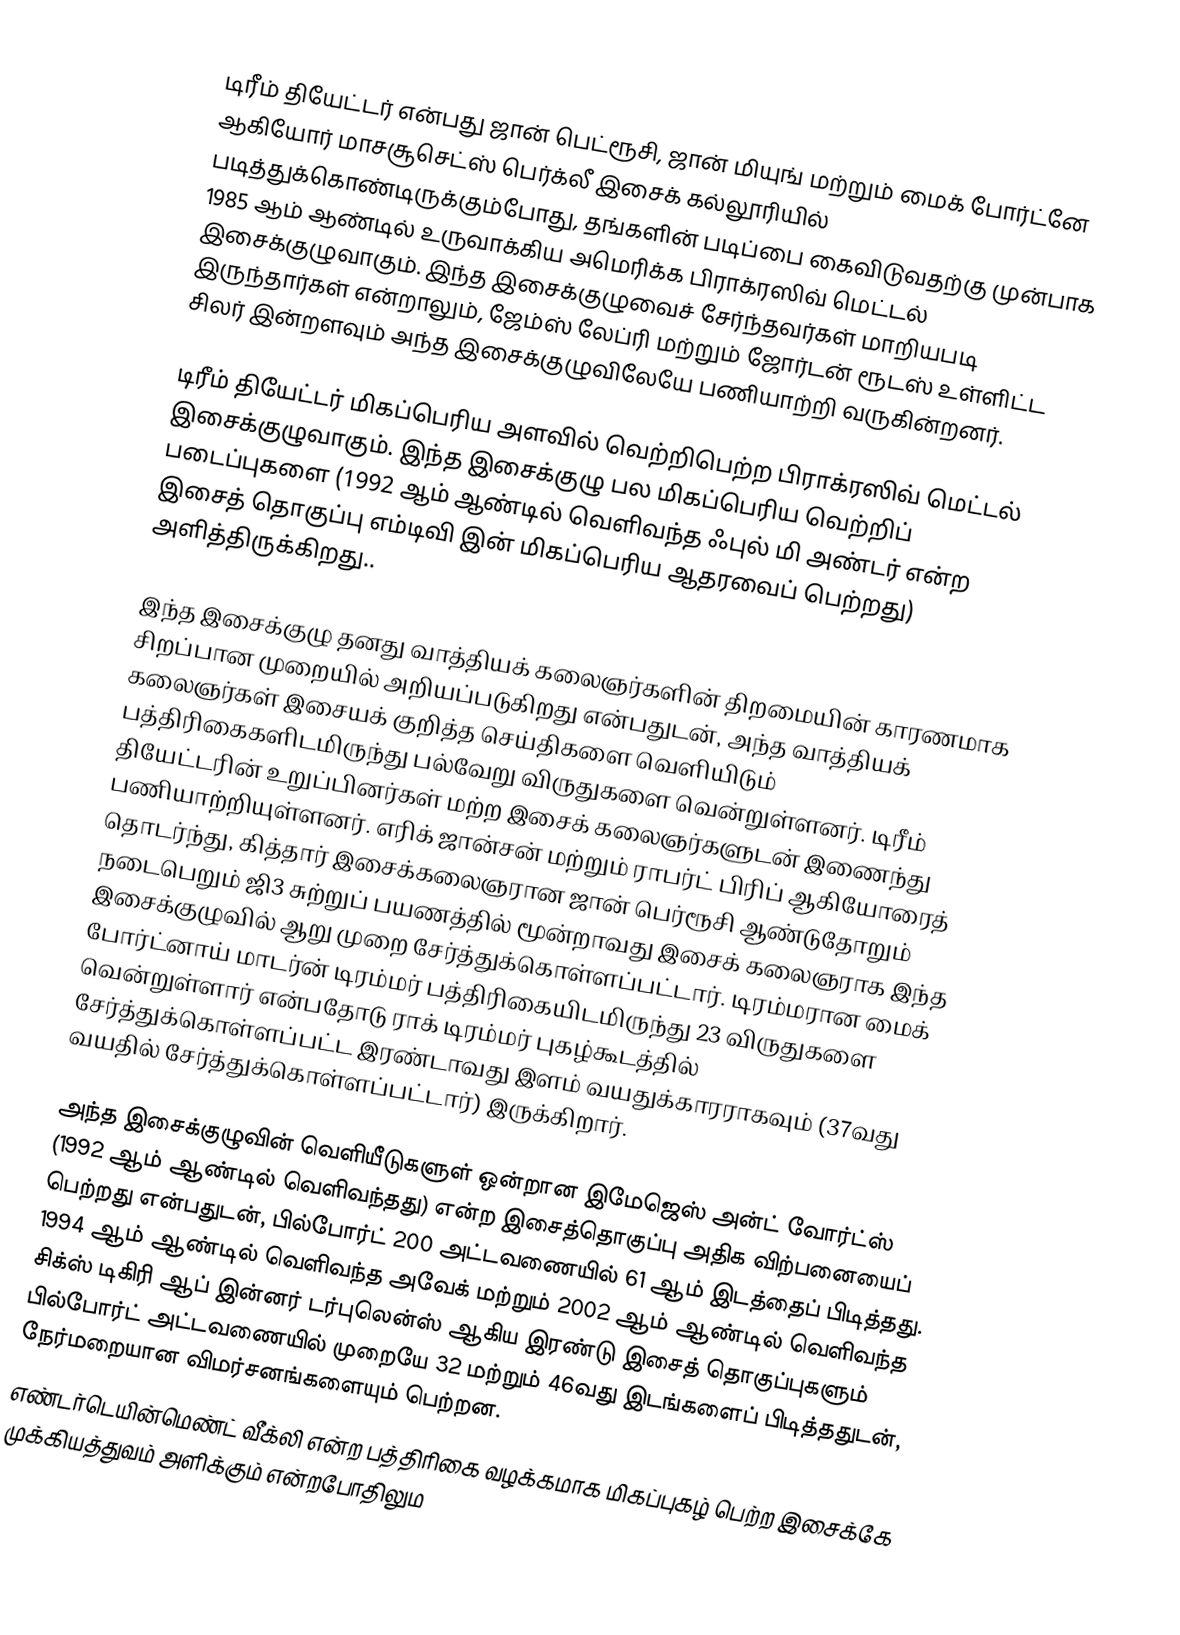
டிரீம் தியேட்டர் என்பது ஜான் பெட்ரூசி, ஜான் மியுங் மற்றும் மைக் போர்ட்னே ஆகியோர் மாசசூசெட்ஸ் பெர்க்லீ இசைக் கல்லூரியில் படித்துக்கொண்டிருக்கும்போது, தங்களின் படிப்பை கைவிடுவதற்கு முன்பாக 1985 ஆம் ஆண்டில் உருவாக்கிய அமெரிக்க பிராக்ரஸிவ் மெட்டல் இசைக்குழுவாகும். இந்த இசைக்குழுவைச் சேர்ந்தவர்கள் மாறியபடி இருந்தார்கள் என்றாலும், ஜேம்ஸ் லேப்ரி மற்றும் ஜோர்டன் ரூடஸ் உள்ளிட்ட சிலர் இன்றளவும் அந்த இசைக்குழுவிலேயே பணியாற்றி வருகின்றனர்.

டிரீம் தியேட்டர் மிகப்பெரிய அளவில் வெற்றிபெற்ற பிராக்ரஸிவ் மெட்டல் இசைக்குழுவாகும். இந்த இசைக்குழு பல மிகப்பெரிய வெற்றிப் படைப்புகளை (1992 ஆம் ஆண்டில் வெளிவந்த ஃபுல் மி அண்டர் என்ற இசைத் தொகுப்பு எம்டிவி இன் மிகப்பெரிய ஆதரவைப் பெற்றது) அளித்திருக்கிறது..

இந்த இசைக்குழு தனது வாத்தியக் கலைஞர்களின் திறமையின் காரணமாக சிறப்பான முறையில் அறியப்படுகிறது என்பதுடன், அந்த வாத்தியக் கலைஞர்கள் இசையக் குறித்த செய்திகளை வெளியிடும் பத்திரிகைகளிடமிருந்து பல்வேறு விருதுகளை வென்றுள்ளனர். டிரீம் தியேட்டரின் உறுப்பினர்கள் மற்ற இசைக் கலைஞர்களுடன் இணைந்து பணியாற்றியுள்ளனர். எரிக் ஜான்சன் மற்றும் ராபர்ட் பிரிப் ஆகியோரைத் தொடர்ந்து, கித்தார் இசைக்கலைஞரான ஜான் பெர்ரூசி ஆண்டுதோறும் நடைபெறும் ஜி3 சுற்றுப் பயணத்தில் மூன்றாவது இசைக் கலைஞராக இந்த இசைக்குழுவில் ஆறு முறை சேர்த்துக்கொள்ளப்பட்டார். டிரம்மரான மைக் போர்ட்னாய் மாடர்ன் டிரம்மர் பத்திரிகையிடமிருந்து 23 விருதுகளை வென்றுள்ளார் என்பதோடு ராக் டிரம்மர் புகழ்கூடத்தில் சேர்த்துக்கொள்ளப்பட்ட இரண்டாவது இளம் வயதுக்காரராகவும் (37வது வயதில் சேர்த்துக்கொள்ளப்பட்டார்) இருக்கிறார்.

அந்த இசைக்குழுவின் வெளியீடுகளுள் ஒன்றான இமேஜெஸ் அன்ட் வோர்ட்ஸ் (1992 ஆம் ஆண்டில் வெளிவந்தது) என்ற இசைத்தொகுப்பு அதிக விற்பனையைப் பெற்றது என்பதுடன், பில்போர்ட் 200 அட்டவணையில் 61 ஆம் இடத்தைப் பிடித்தது. 1994 ஆம் ஆண்டில் வெளிவந்த அவேக் மற்றும் 2002 ஆம் ஆண்டில் வெளிவந்த சிக்ஸ் டிகிரி ஆப் இன்னர் டர்புலென்ஸ் ஆகிய இரண்டு இசைத் தொகுப்புகளும் பில்போர்ட் அட்டவணையில் முறையே 32 மற்றும் 46வது இடங்களைப் பிடித்ததுடன், நேர்மறையான விமர்சனங்களையும் பெற்றன.
எண்டர்டெயின்மெண்ட் வீக்லி என்ற பத்திரிகை வழக்கமாக மிகப்புகழ் பெற்ற இசைக்கே முக்கியத்துவம் அளிக்கும் என்றபோதிலும